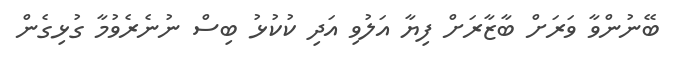
ބޭނުންވާ ވަރަށް ބާޒާރަށް ފިޔާ އަލުވި އަދި ކުކުޅު ބިސް ނުނެރެވުމާ ގުޅިގެން